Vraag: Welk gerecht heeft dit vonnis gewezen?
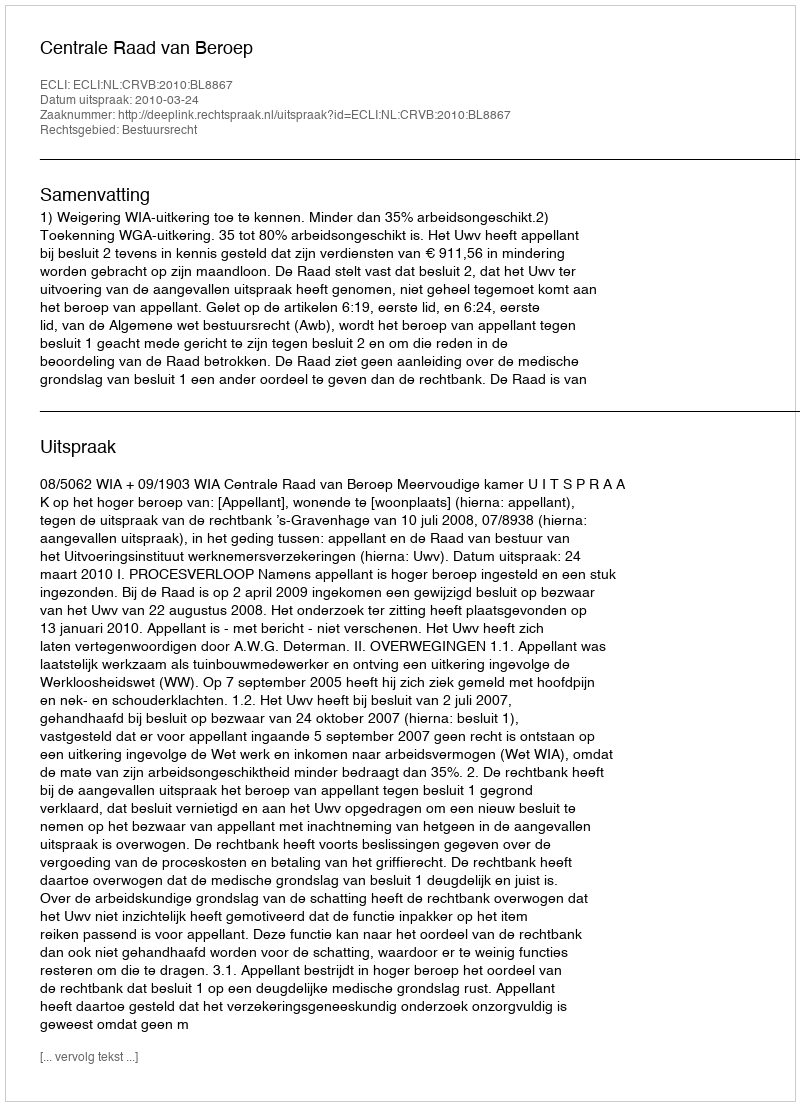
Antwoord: Centrale Raad van Beroep